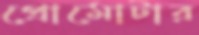
প্রোমোটার